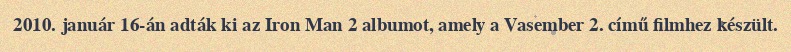
2010. január 16-án adták ki az Iron Man 2 albumot, amely a Vasember 2. című filmhez készült.